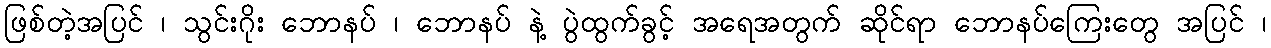
ဖြစ်တဲ့အပြင် ၊ သွင်းဂိုး ဘောနပ် ၊ ဘောနပ် နဲ့ ပွဲထွက်ခွင့် အရေအတွက် ဆိုင်ရာ ဘောနပ်ကြေးတွေ အပြင် ၊